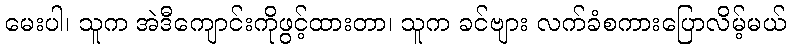
မေးပါ၊ သူက အဲဒီကျောင်းကိုဖွင့်ထားတာ၊ သူက ခင်ဗျား လက်ခံစကားပြောလိမ့်မယ်